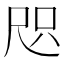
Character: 咫